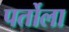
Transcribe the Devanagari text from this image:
पर्तोला